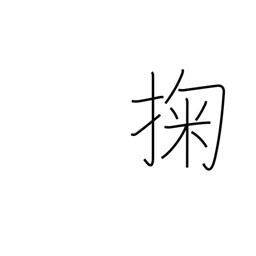
Meaning: scoop up water with the hand